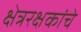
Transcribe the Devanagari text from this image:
क्षेत्ररक्षकांचे